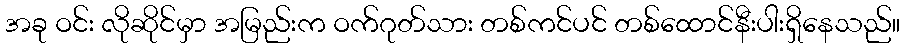
အခု ဝင်း လိုဆိုင်မှာ အမြည်းက ဝက်ဂုတ်သား တစ်ကင်ပင် တစ်ထောင်နီးပါးရှိနေသည်။